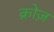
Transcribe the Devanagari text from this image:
क्रोज़